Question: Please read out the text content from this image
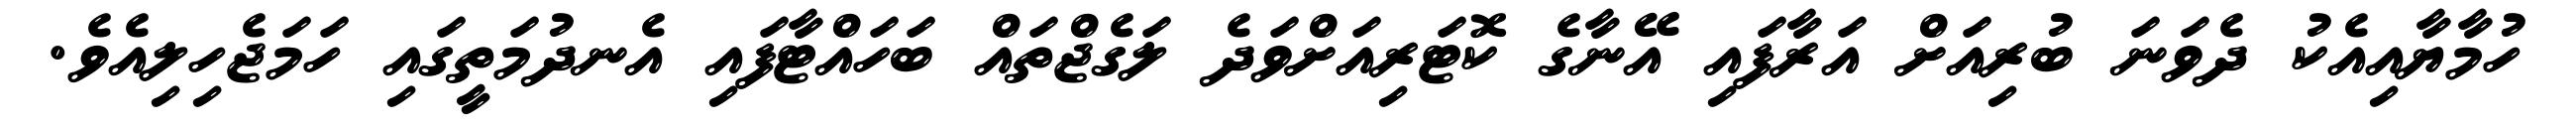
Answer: ހުމާޔާއިއެކު ދެވަނަ ބުރިއަށް އަރާފައި އޭނާގެ ކޮޓަރިއަށްވަދެ ލަގެޖްތައް ބަހައްޓާފައި އެނދުމަތީގައި ހަމަޖެހިލިއެވެ.